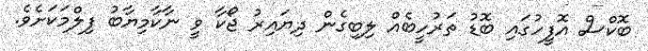
ބޮކްސް އޮފީހުގައި ބޮޑު ތަރުހީބެއް ލިބިގެން ދިޔައިރު ޖޯކާ ވީ ނާކާމިޔާބު ފިލްމަކަށެވެ.